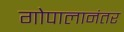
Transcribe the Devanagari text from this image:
गोपालानंतर